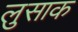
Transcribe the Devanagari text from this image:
लुसाक